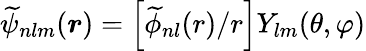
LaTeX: \widetilde{\psi}_{nlm}(\boldsymbol{r})=\left[\widetilde{\phi}_{nl}(r)/r\right]Y_{lm}(\theta,\varphi)